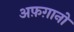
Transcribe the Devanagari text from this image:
अफ़ग़ानो